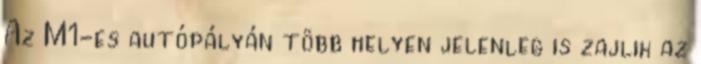
Az M1-es autópályán több helyen jelenleg is zajlik az